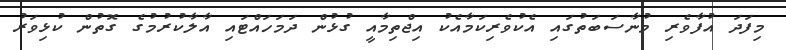
މިފަދަ އުފާވެރި މުނާސަބަތުގައި އެކުވެރިކަމާއެކު އިޖްތިމާއީ ގުޅުން ދަމަހައްޓައި އާލާކުރުމުގެ ގޮތުން ކުޅިވަރު